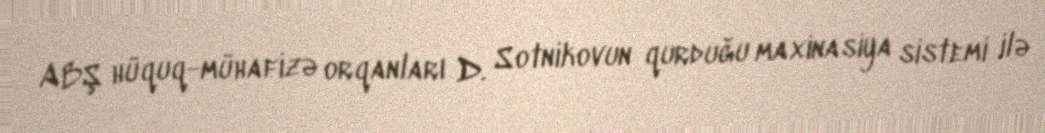
ABŞ hüquq-mühafizə orqanları D. Sotnikovun qurduğu maxinasiya sistemi ilə